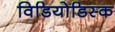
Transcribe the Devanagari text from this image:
विडियोडिस्क